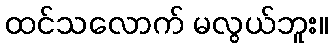
ထင်သလောက် မလွယ်ဘူး။